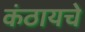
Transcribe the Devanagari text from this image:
कंठायचे